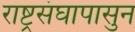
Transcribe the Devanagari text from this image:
राष्ट्रसंघापासुन